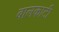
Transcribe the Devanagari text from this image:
बालकाटी